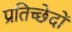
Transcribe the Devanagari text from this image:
प्रतिच्छेदों